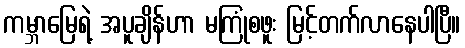
ကမ္ဘာမြေရဲ့ အပူချိန်ဟာ မကြုံစဖူး မြင့်တက်လာနေပါပြီ။